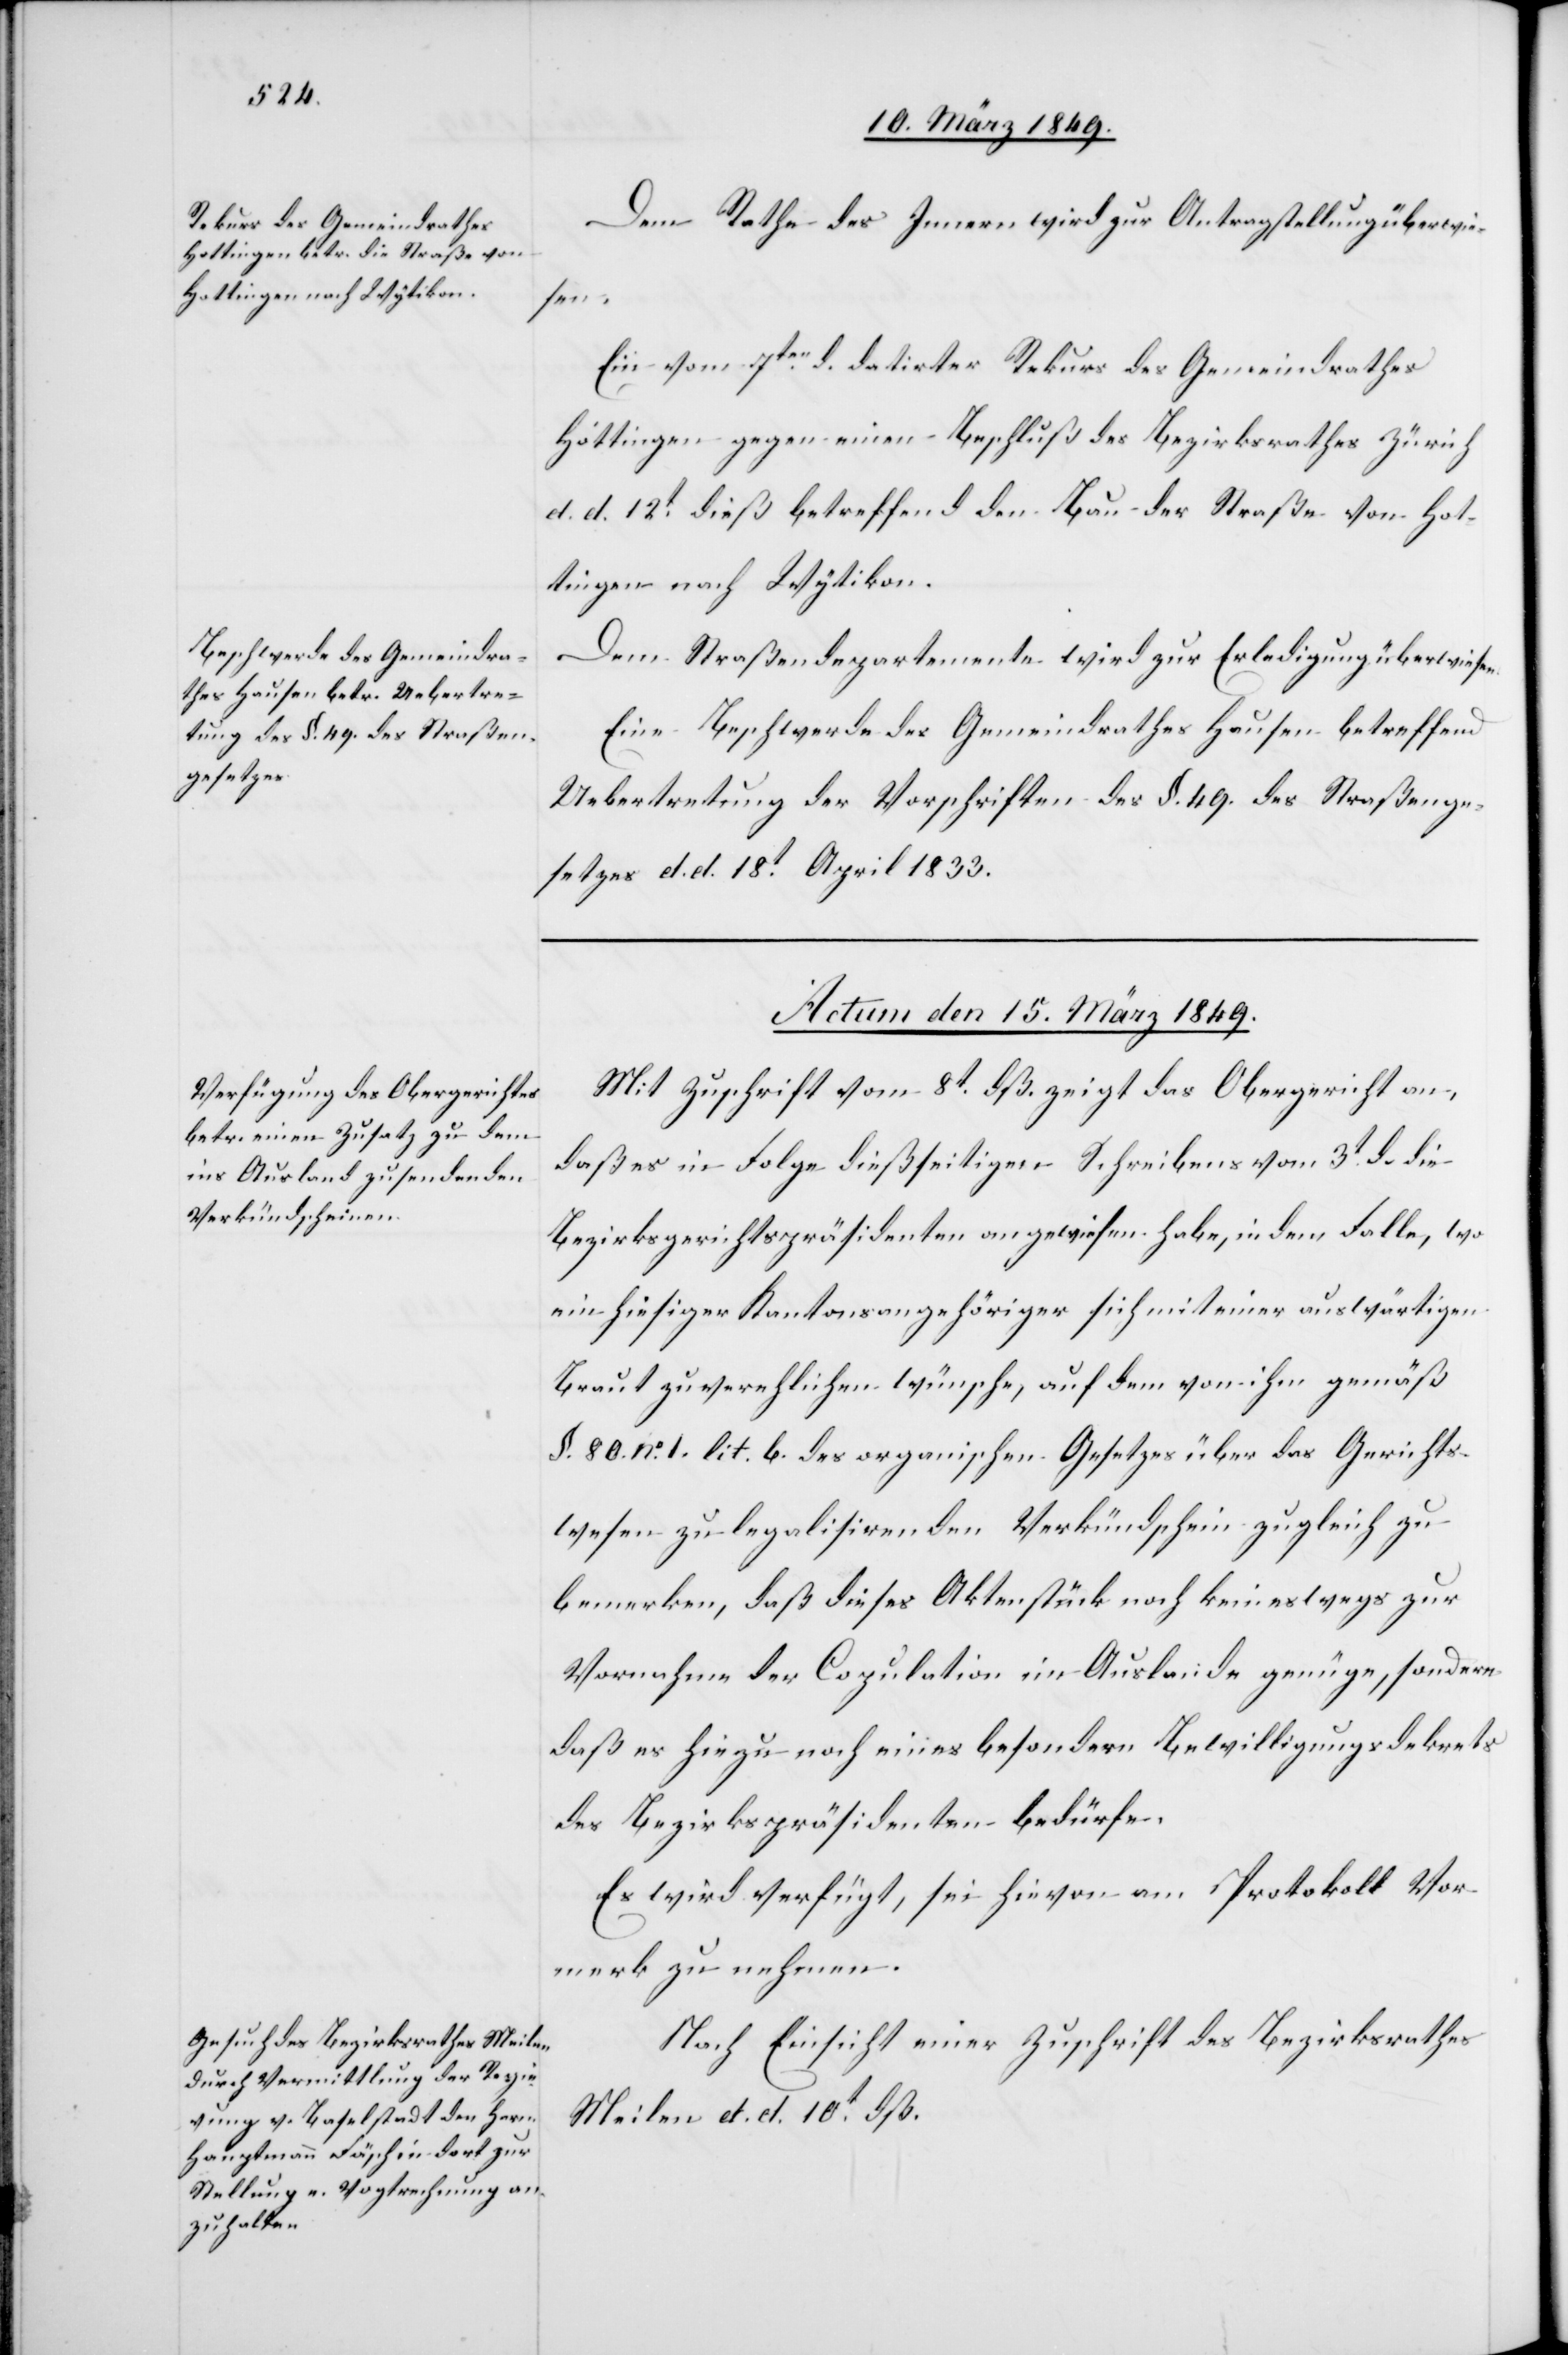
Dem Rathe des Innern wird zur Antragstellung überwie¬
sen.
Ein vom 7ten. d. datirter Rekurs des Gemeindrathes
Hottingen gegen einen Beschluß des Bezirksrathes Zürich
d. d. 12t. dieß betreffend den Bau der Straße von Hot¬
tingen nach Wytikon.
Dem Straßendepartemente wird zur Erledigung überwiesen.
Eine Beschwerde des Gemeindrathes Hausen betreffend
Uebertretung der Vorschriften des §. 49. des Straßenge¬
setzes d. d. 18t. April 1833.
Actum den 15. März 1849.]
Mit Zuschrift vom 8t. dß. zeigt das Obergericht an,
daß es in Folge dießseitigen Schreibens vom 3t. d. die
Bezirksgerichtspräsidenten angewiesen habe, in dem Falle, wo
ein hiesiger Kantonsangehöriger sich mit einer auswärtigen
Braut zu verehlichen wünsche, auf dem von ihm gemäß
§. 80. No. 1. lit. b. des organischen Gesetzes über das Gerichts¬
wesen zu legalisirenden Verkündschein zugleich zu
bemerken, daß dieses Aktenstück noch keineswegs zur
Vornahme der Copulation im Auslande genüge, sondern
daß es hiezu noch eines besondern Bewilligungsdekrets
des Bezirkspräsidenten bedürfe.
Es wird verfügt, sei hievon am Protokoll Vor¬
merk zu nehmen.
Nach Einsicht einer Zuschrift des Bezirksrathes
Meilen d. d. 10t. dß.